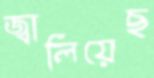
জ্বালিয়েছ